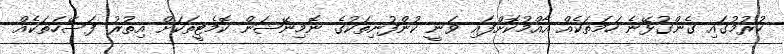
ކުރުމުގައި ގެންގުޅޭނެ ހަމަތަކެއް އާއްމުކޮށްފައި ވަނީ ކުންފުނިތަކުގެ ނޮމިނޭޝަން ކޮމެޓީތަކަށް އިތުރު ފަސޭހަތަކެއް